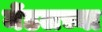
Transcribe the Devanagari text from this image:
मेंडलच्या